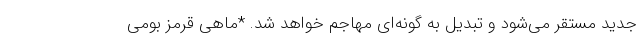
جدید مستقر می‌شود و تبدیل به گونه‌ای مهاجم خواهد شد. *ماهی قرمز بومی